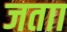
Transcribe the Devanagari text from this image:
जताा